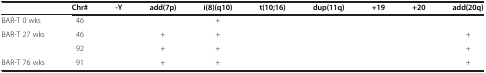
<table><thead><tr><td><b> </b></td><td><b>Chr#</b></td><td><b>-Y</b></td><td><b>add(7p)</b></td><td><b>i(8)(q10)</b></td><td><b>t(10;16)</b></td><td><b>dup(11q)</b></td><td><b>+19</b></td><td><b>+20</b></td><td><b>add(20q)</b></td></tr></thead><tbody><tr><td>BAR-T 0 wks</td><td>46</td><td> </td><td> </td><td>+</td><td> </td><td> </td><td> </td><td> </td><td> </td></tr><tr><td rowspan="2">BAR-T 27 wks</td><td>46</td><td> </td><td>+</td><td>+</td><td> </td><td> </td><td> </td><td> </td><td>+</td></tr><tr><td>92</td><td> </td><td>+</td><td>+</td><td> </td><td> </td><td> </td><td> </td><td>+</td></tr><tr><td>BAR-T 76 wks</td><td>91</td><td> </td><td>+</td><td>+</td><td> </td><td> </td><td> </td><td> </td><td>+</td></tr></tbody></table>